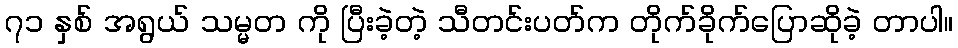
၇၁ နှစ် အရွယ် သမ္မတ ကို ပြီးခဲ့တဲ့ သီတင်းပတ်က တိုက်ခိုက်ပြောဆိုခဲ့ တာပါ။